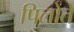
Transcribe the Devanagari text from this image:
पिलोते